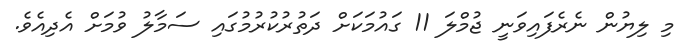
މި ލިޔުން ނެރެފައިވަނީ ޖުމްލަ 11 ގައުމަކަށް ދަތުރުކުރުމުގައި ސަމާލު ވުމަށް އެދިއެވެ.